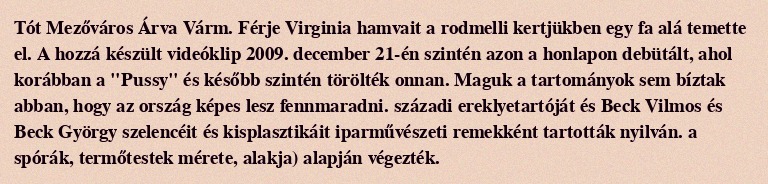
Tót Mezőváros Árva Várm. Férje Virginia hamvait a rodmelli kertjükben egy fa alá temette el. A hozzá készült videóklip 2009. december 21-én szintén azon a honlapon debütált, ahol korábban a "Pussy" és később szintén törölték onnan. Maguk a tartományok sem bíztak abban, hogy az ország képes lesz fennmaradni. századi ereklyetartóját és Beck Vilmos és Beck György szelencéit és kisplasztikáit iparművészeti remekként tartották nyilván. a spórák, termőtestek mérete, alakja) alapján végezték.